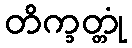
တိက္ခတ္တုံ